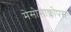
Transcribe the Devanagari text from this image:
मेसोसाक्लोपस